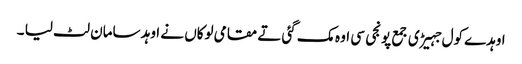
اوہدے کول جہیڑی جمع پونجی سی اوہ مک گئی تے مقامی لوکاں نے اوہد سامان لٹ لیا ۔